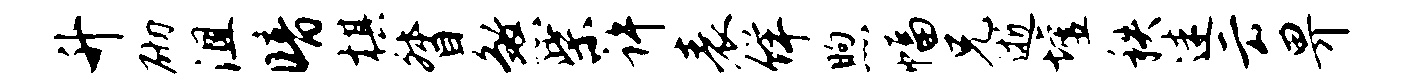
升砌沮暗棋督煞柴许表佯煦幅兄逝墟秩迷云畀